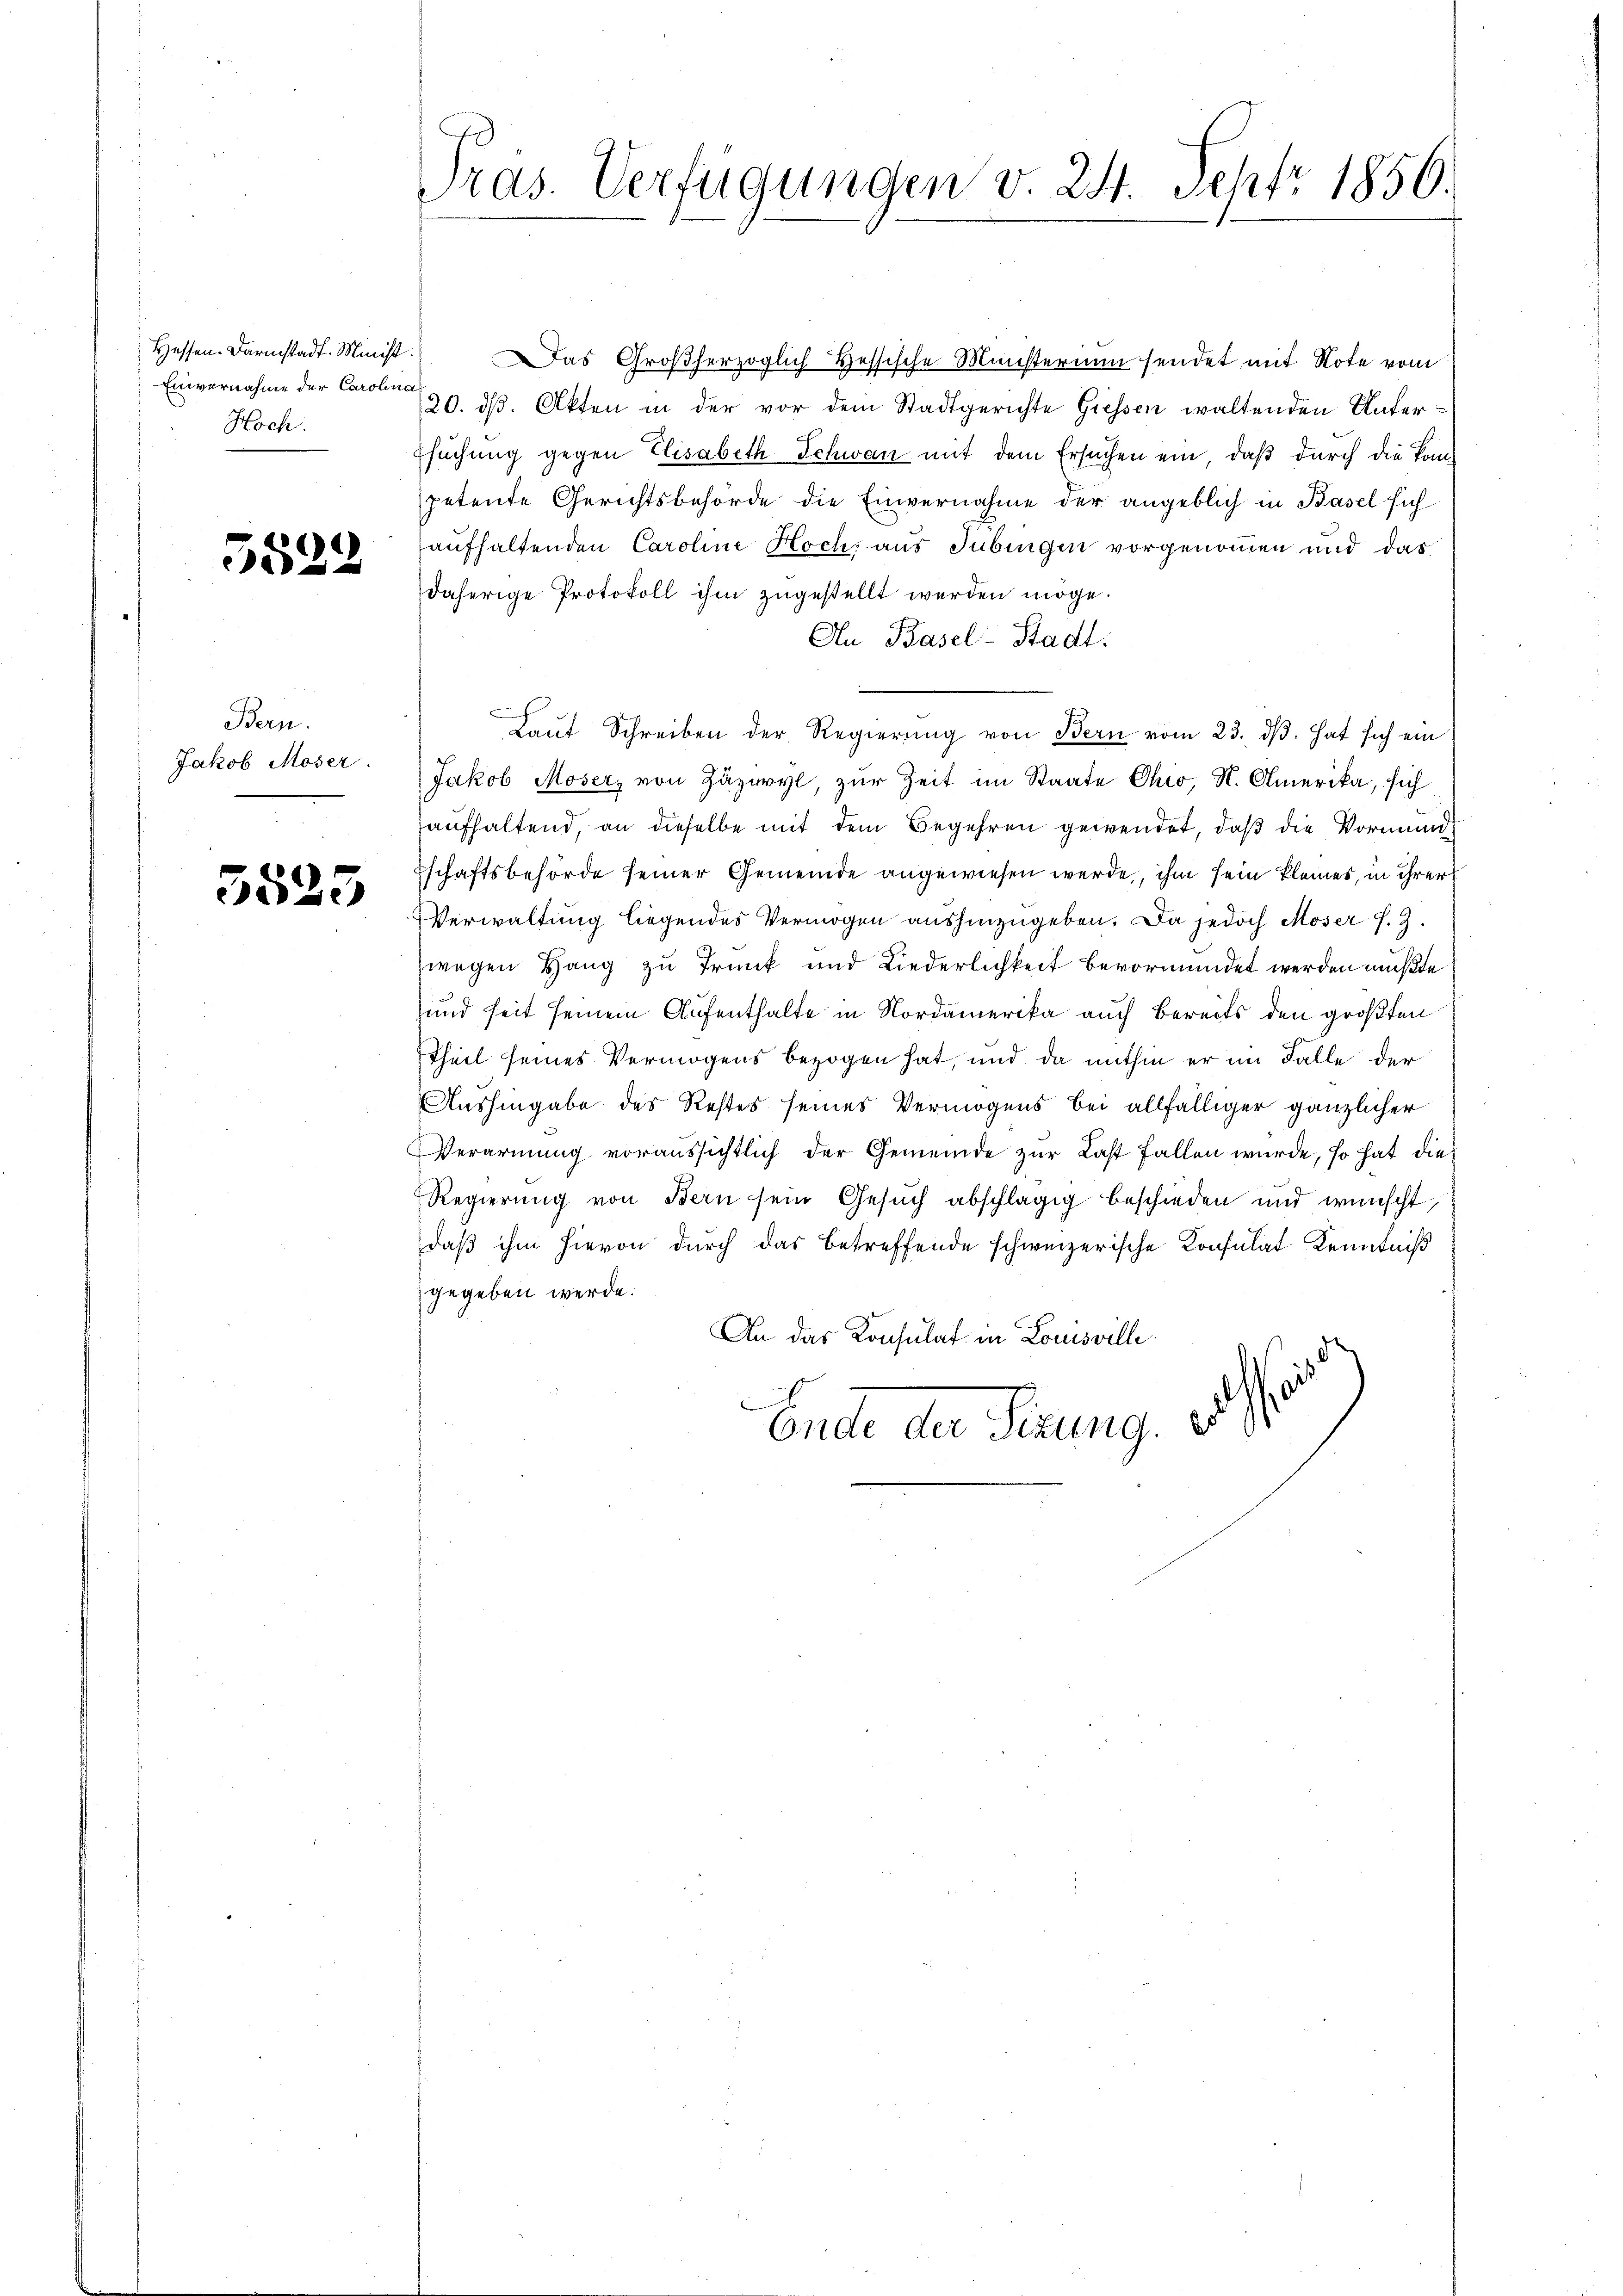
Hessen. Darmstadt. Minist
Einvernahme der Carolina
Hoch

5522

Bern.
Jakob Moser.

3525

Pras. Verfügungen v. 24. Sept 1856.

Das Großherzoglich Hessische Ministerium sendet mit Note vom
20. ds. Akten in der vor dem Stadtgerichte Giessen waltenden Unter¬
Esuchung gegen Elisabeth Schwan mit dem Ersuchen ein, daß durch die Kompetente Gerichtsbehörde die Einvernahme der angeblich in Basel sich
aufhaltenden Caroline Hoch, aus Tübingen vorgenommen und das
daherige Protokoll ihm zugestellt werden möge.
An Basel-Stadt:
e
Lauf Schreiben der Regierung von Bern vom 23. dβ. hat sich ein
Jakob Moser, von Zäzwyl, zur Zeit im Staate Ohio, S. Amerika, sich
aufhaltend, an dieselbe mit dem Begehren gewendet, daß die Vormund
schaftsbehörde seiner Gemeinde angewiesen werde, ihm sein kleines, in ihrer
Verwaltung liegendes Vermögen aushinzugeben. Da jedoch Moser f. 3.
wegen Hang zu Trunk und Liederlichkeit bevormündet werden müßte
und seit seinem Aufenthalte in Nordamerika auch bereits den größten
Theil seines Vermögens bezogen hat, und da mithin er im Falle der
Aushingabe des Restes seines Vermögens bei allfälliger gänzlicher
Verarmung voraussichtlich der Gemeinde zur Last fallen wurde, so hat die
Regierung von Bern sein Gesuch abschlägig beschieden und wünscht,
daß ihm hievon durch das betreffende schweizerische Konsulat Kenntniß
gegeben werde.
An das Konsulat in Lomsville
Ende der Firung. 1890